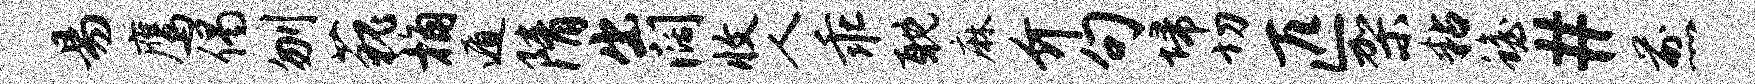
易鹰偈刎藐桷遁隋出阔收人乖耽麻介句埽切匹架粘蟾#煎